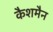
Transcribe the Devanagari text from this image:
कैशमैन